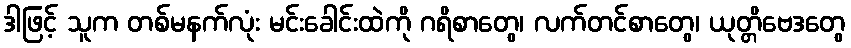
ဒါဖြင့် သူက တစ်မနက်လုံး မင်းခေါင်းထဲကို ဂရိစာတွေ၊ လက်တင်စာတွေ၊ ယုတ္တိဗေဒတွေ